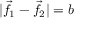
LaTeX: | { \vec { f } } _ { 1 } - { \vec { f } } _ { 2 } | = b